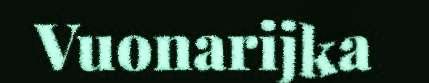
Vuonarijka